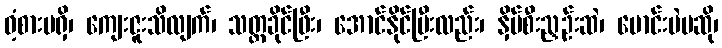
ဝံ့စားမရှိ၊ ကျေးဇူးသိလျက်၊ သတ္တခိုင်ဖြီး၊ အောင်နိုင်ပြီးလည်း၊ နှိပ်စီးညှဉ်းဆဲ၊ မောင်းမဲမဆို၊